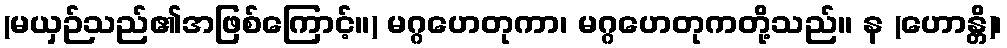
(မယှဉ်သည်၏အဖြစ်ကြောင့်။) မဂ္ဂဟေတုကာ၊ မဂ္ဂဟေတုကတို့သည်။ န (ဟောန္တိ)၊